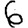
Digit: 6